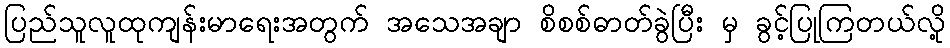
ပြည်သူလူထုကျန်းမာရေးအတွက် အသေအချာ စိစစ်ဓာတ်ခွဲပြီး မှ ခွင့်ပြုကြတယ်လို့